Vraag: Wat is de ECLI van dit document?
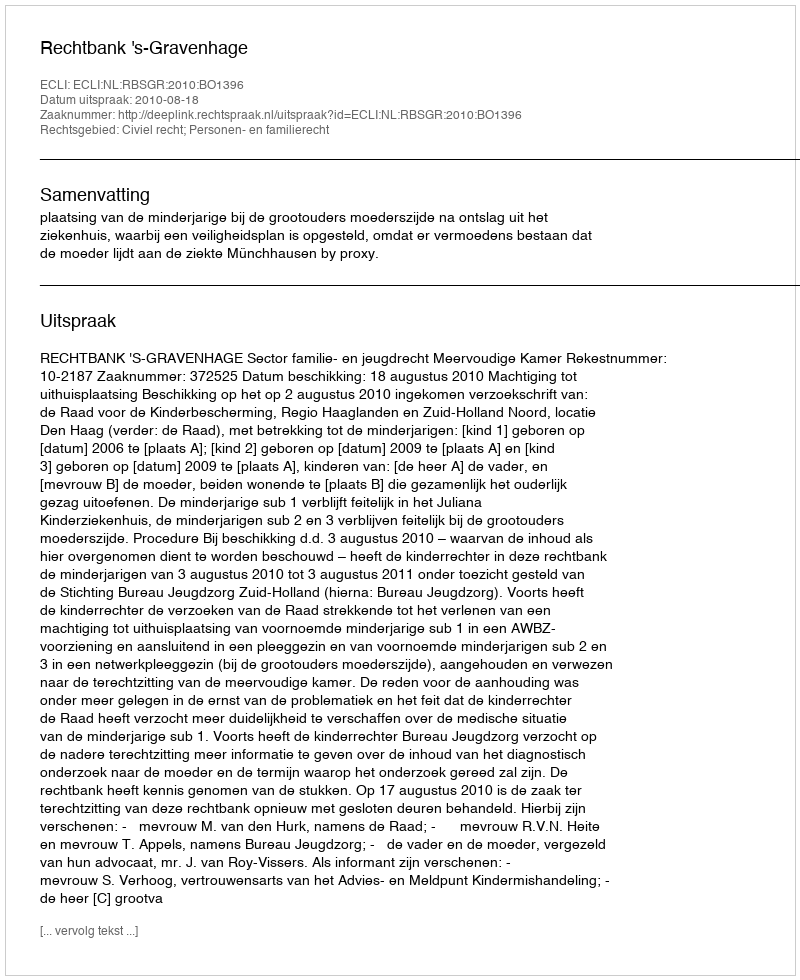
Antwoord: ECLI:NL:RBSGR:2010:BO1396